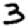
Digit: 3